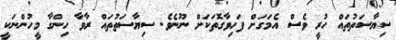
ސިޔާސަތުތައް ހުރީ ވެސް އެމަގަށް ފަހިވާގޮތަކަށް ނޫނެވެ. ސިޔާސަތުތައް ރާވާ ހިންގާ މީހުންނަކީ